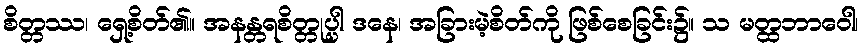
စိတ္တဿ၊ ရှေ့စိတ်၏။ အနန္တရစိတ္တုပ္ပါ ဒနေ၊ အခြားမဲ့စိတ်ကို ဖြစ်စေခြင်း၌။ သ မတ္ထဘာဝေါ၊